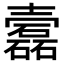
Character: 𡕎